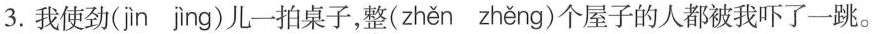
3. 我使劲(jn jng)儿一拍桌子，整( zhěn zhěng )个屋子的人都被我吓了一跳。